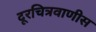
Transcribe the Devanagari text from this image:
दूरचित्रवाणीस